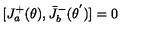
[ J _ { a } ^ { + } ( \theta ) , { \bar { J } } _ { b } ^ { - } ( { \theta } ^ { ' } ) ] = 0